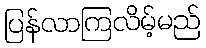
ပြန်လာကြလိမ့်မည်